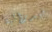
فيدرالية